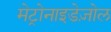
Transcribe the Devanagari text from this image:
मेट्रोनाइडेज़ोल